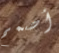
أصمم